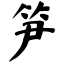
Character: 笋